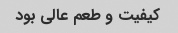
کیفیت و طعم عالی بود